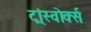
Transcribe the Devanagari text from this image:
ट्रांस्वोर्क्स